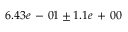
6 . 4 3 e \mathrm { ~ - ~ } 0 1 \pm 1 . 1 e \mathrm { ~ + ~ } 0 0